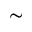
\sim